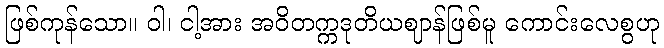
ဖြစ်ကုန်သော။ ဝါ၊ ငါ့အား အဝိတက္ကဒုတိယဈာန်ဖြစ်မူ ကောင်းလေစွဟု